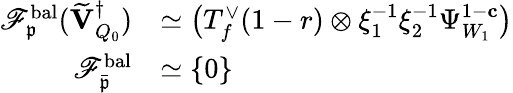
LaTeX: \begin{array}{rl}{\mathscr{F}_{\mathfrak{p}}^{\mathrm{bal}}(\widetilde{\mathbf{V}}_{Q_{0}}^{\dagger})}&{\simeq\bigl(T_{f}^{\vee}(1-r)\otimes\xi_{1}^{-1}\xi_{2}^{-1}\Psi_{W_{1}}^{1-\mathbf{c}}\bigr)}\\ {\mathscr{F}_{\bar{\mathfrak{p}}}^{\mathrm{bal}}}&{\simeq\{ 0\} }\end{array}